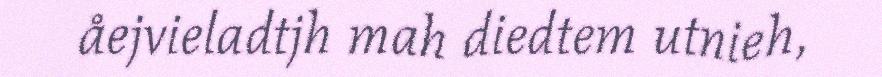
åejvieladtjh mah diedtem utnieh,